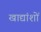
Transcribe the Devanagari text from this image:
खाद्यांशों